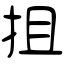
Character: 抯